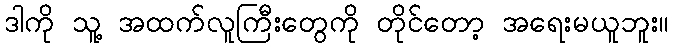
ဒါကို သူ့ အထက်လူကြီးတွေကို တိုင်တော့ အရေးမယူဘူး။